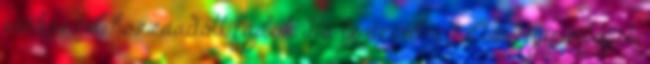
eszközzel hozzáadott fájlok. Ha le szeretne tölteni egy űrlapot,